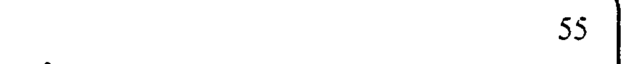
55